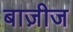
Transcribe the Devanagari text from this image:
बाज़ीज